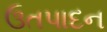
ઉતપાદન